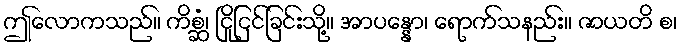
ဤလောကသည်။ ကိစ္ဆံ၊ ငြိုငြင်ခြင်းသို့။ အာပန္နော၊ ရောက်သနည်း။ ဇာယတိ စ၊